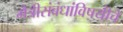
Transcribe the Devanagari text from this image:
मैत्रीसंबंधांविषयीचे